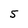
Character: 5